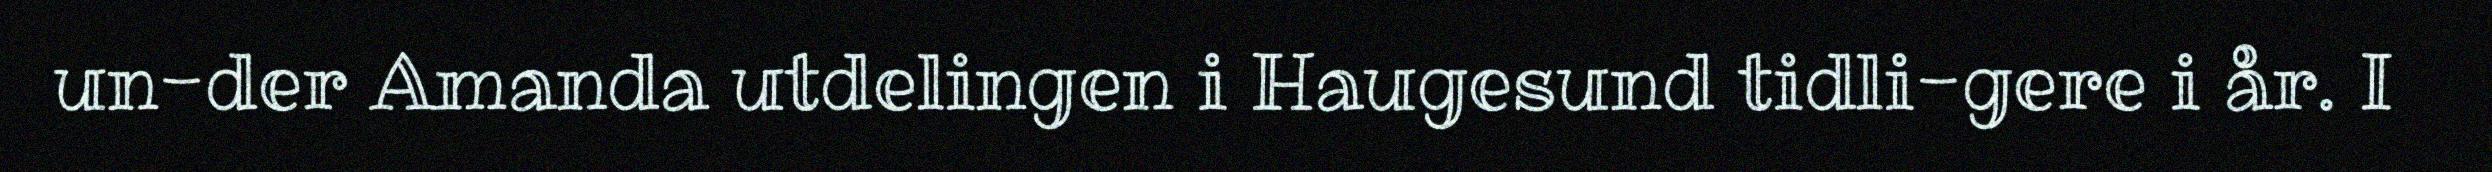
un-der Amanda utdelingen i Haugesund tidli-gere i år. I